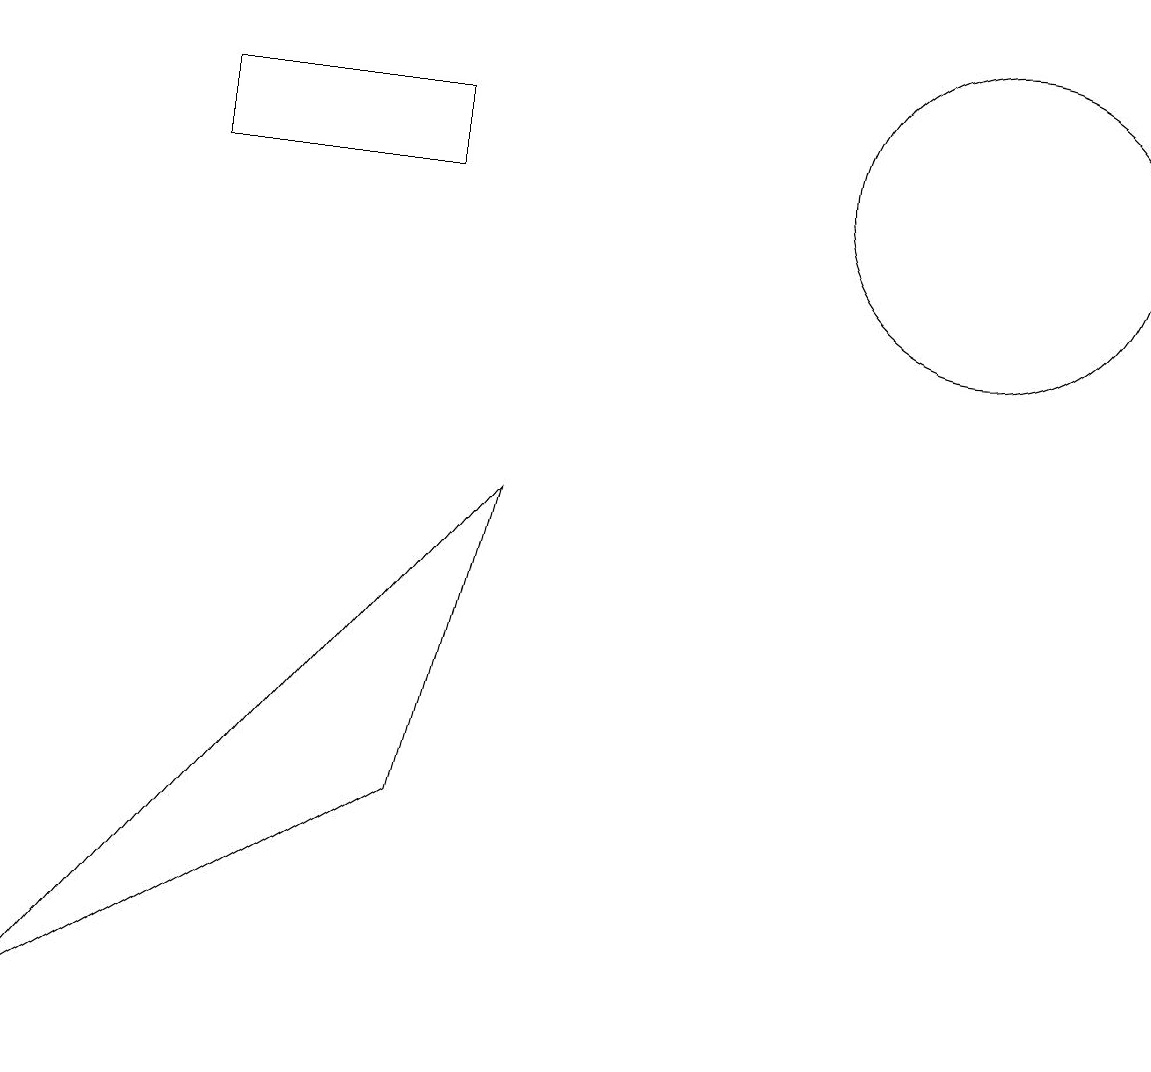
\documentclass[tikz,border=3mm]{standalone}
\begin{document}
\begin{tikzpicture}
\draw (0,1) -- (5,4) -- (6,8) -- cycle;
\draw (5,13) rectangle (2,12);
\draw (10,10) circle (0);
\draw (12,12) circle (2);
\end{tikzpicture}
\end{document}